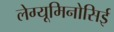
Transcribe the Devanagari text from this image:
लेग्यूमिनोसिई